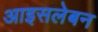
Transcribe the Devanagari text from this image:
आइसलेबन